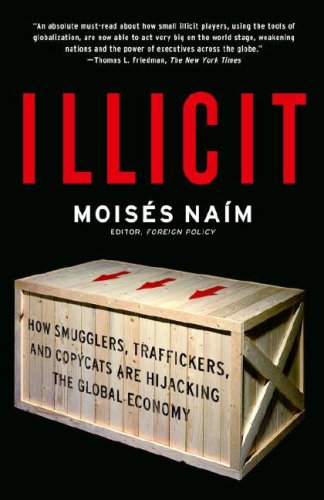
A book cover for Illicit: How Smugglers, Traffickers, and Copycats are Hijacking the Global Economy; Moises Naim; Law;